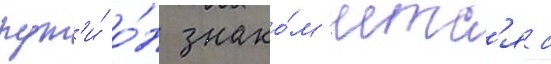
пут'и́ о́н знако́м'итс'я с